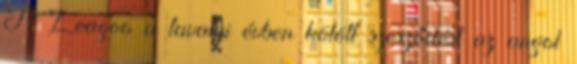
A Leagoo a tavalyi évben kötött szerződést az angol